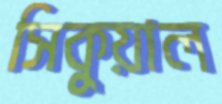
সিকুয়াল